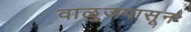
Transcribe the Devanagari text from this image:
वाळुजपासून